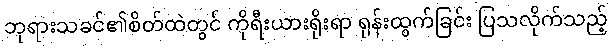
ဘုရားသခင်၏စိတ်ထဲတွင် ကိုရီးယားရိုးရာ ရုန်းထွက်ခြင်း ပြသလိုက်သည့်